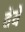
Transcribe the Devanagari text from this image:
वेर्ये